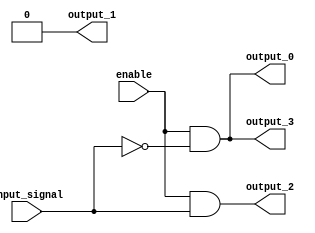
module demux_1to4 (
    input wire enable,
    input wire input_signal,
    output reg output_0,
    output reg output_1,
    output reg output_2,
    output reg output_3
);

always @* begin
    output_0 = enable & ~input_signal;
    output_1 = enable & input_signal & 1'b0;
    output_2 = enable & input_signal & 1'b1;
    output_3 = enable & ~input_signal;
end

endmodule